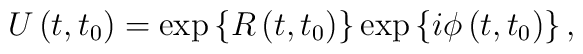
U\left( t,t_{0}\right) =\exp \left\{ R\left( t,t_{0}\right) \right\} \exp\left\{ i\phi \left( t,t_{0}\right) \right\} ,